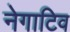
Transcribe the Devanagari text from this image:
नेगाटिव